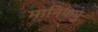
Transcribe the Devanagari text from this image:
मानिकपु